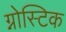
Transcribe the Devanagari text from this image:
ग्नोस्टिक